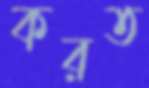
করত